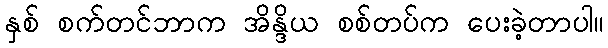
နှစ် စက်တင်ဘာက အိန္ဒိယ စစ်တပ်က ပေးခဲ့တာပါ။